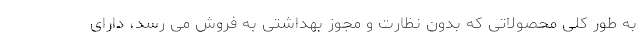
به طور کلی محصولاتی که بدون نظارت و مجوز بهداشتی به فروش می رسد، دارای